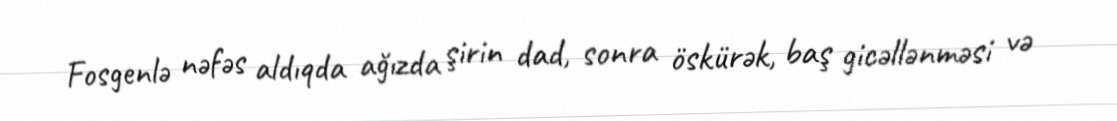
Fosgenlə nəfəs aldıqda ağızda şirin dad, sonra öskürək, baş gicəllənməsi və